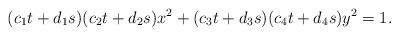
LaTeX: \begin{align*}(c_1t + d_1s)(c_2t + d_2s)x^2 + (c_3t + d_3s)(c_4t + d_4s)y^2 = 1. \end{align*}